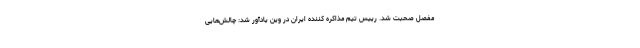
مفصل صحبت شد. رییس تیم مذاکره کننده ایران در وین یادآور شد: چالش‌هایی